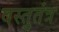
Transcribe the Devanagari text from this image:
वस्तुतंत्र